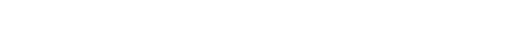
အောက်ပါအတိုင်း ကြိယာ ခြောက်ဆယ် လင်္ကာပါရှိလေသည်။